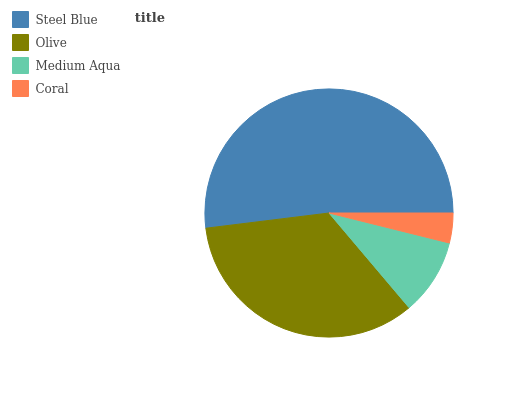
| Steel Blue | Olive | Medium Aqua | Coral |
 | --- | --- | --- | --- |
 | 51.9% | 34.2% | 9.95% | 3.89% |